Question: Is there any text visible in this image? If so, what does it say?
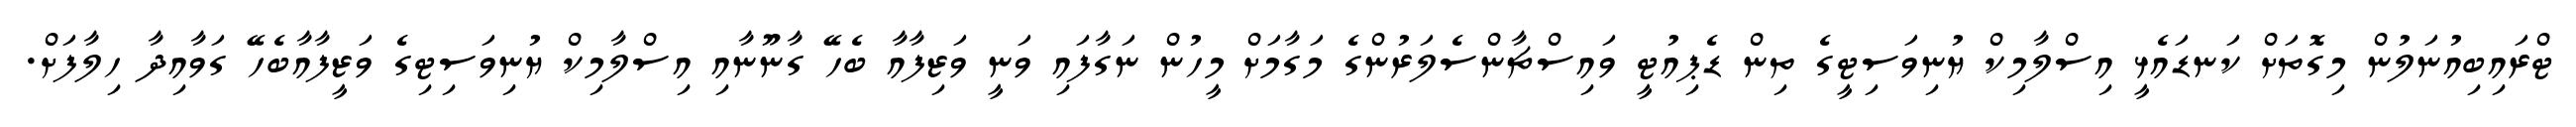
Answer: ޓްރައިބިއުނަލުން މިގޮތަށް ކަނޑައެޅީ އިސްލާމިކް ޔުނިވަސިޓީގެ ތިން ޑެޕިއުޓީ ވައިސްޗާންސެލަރުންގެ މަގާމަށް މީހުން ނަގާފައި ވަނީ ވަޒިފާއާ ބެހޭ ގާނޫނާއި އިސްލާމިކް ޔުނިވަސިޓިގެ ވަޒީފާއާބެހޭ ގަވާއިދާ ހިލާފަށް.